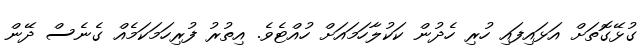
ގުޅޭގޮތަށް އަޅައިފައި ހުރި ހެދުން ކަކުލާހަމައަށް ހުއްޓެވެ. އިތުރު ފުރިހަމަކަމެއް ގެނެސް ދޭން